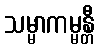
သမ္မာကမ္မန္တီ